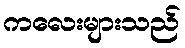
ကလေးများသည်